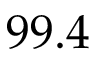
9 9 . 4